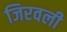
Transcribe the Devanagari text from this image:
जिरवली